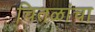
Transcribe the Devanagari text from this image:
चितळांचा